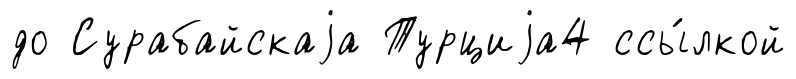
до Сурабайскаjа Турциjа4 ссы́лкой